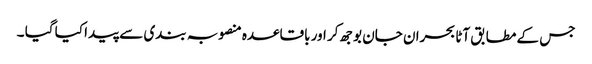
جس کے مطابق آٹا بحران جان بوجھ کر اور باقاعدہ منصوبہ بندی سے پیدا کیا گیا ۔